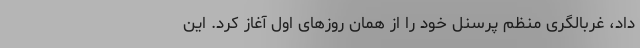
داد، غربالگری منظم پرسنل خود را از همان روز‌های اول آغاز کرد. این